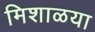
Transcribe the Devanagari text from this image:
मिशाळया